Document type: Emphyteutic lease
Year: 1283
Scribe: Pere Marquès
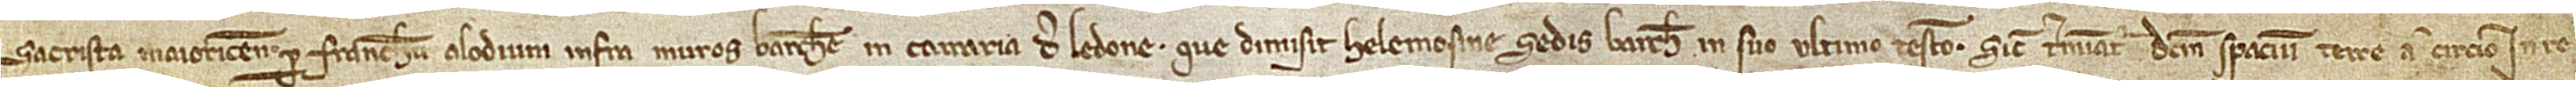
sacrista Maioricensis per franchum alodium infra muros Barchinone, in carraria de Ledone, que dimisit Helemosine Sedis Barchinone in suo ultimo testamento. Sicut terminatur dictum spacium terre a circio in re-